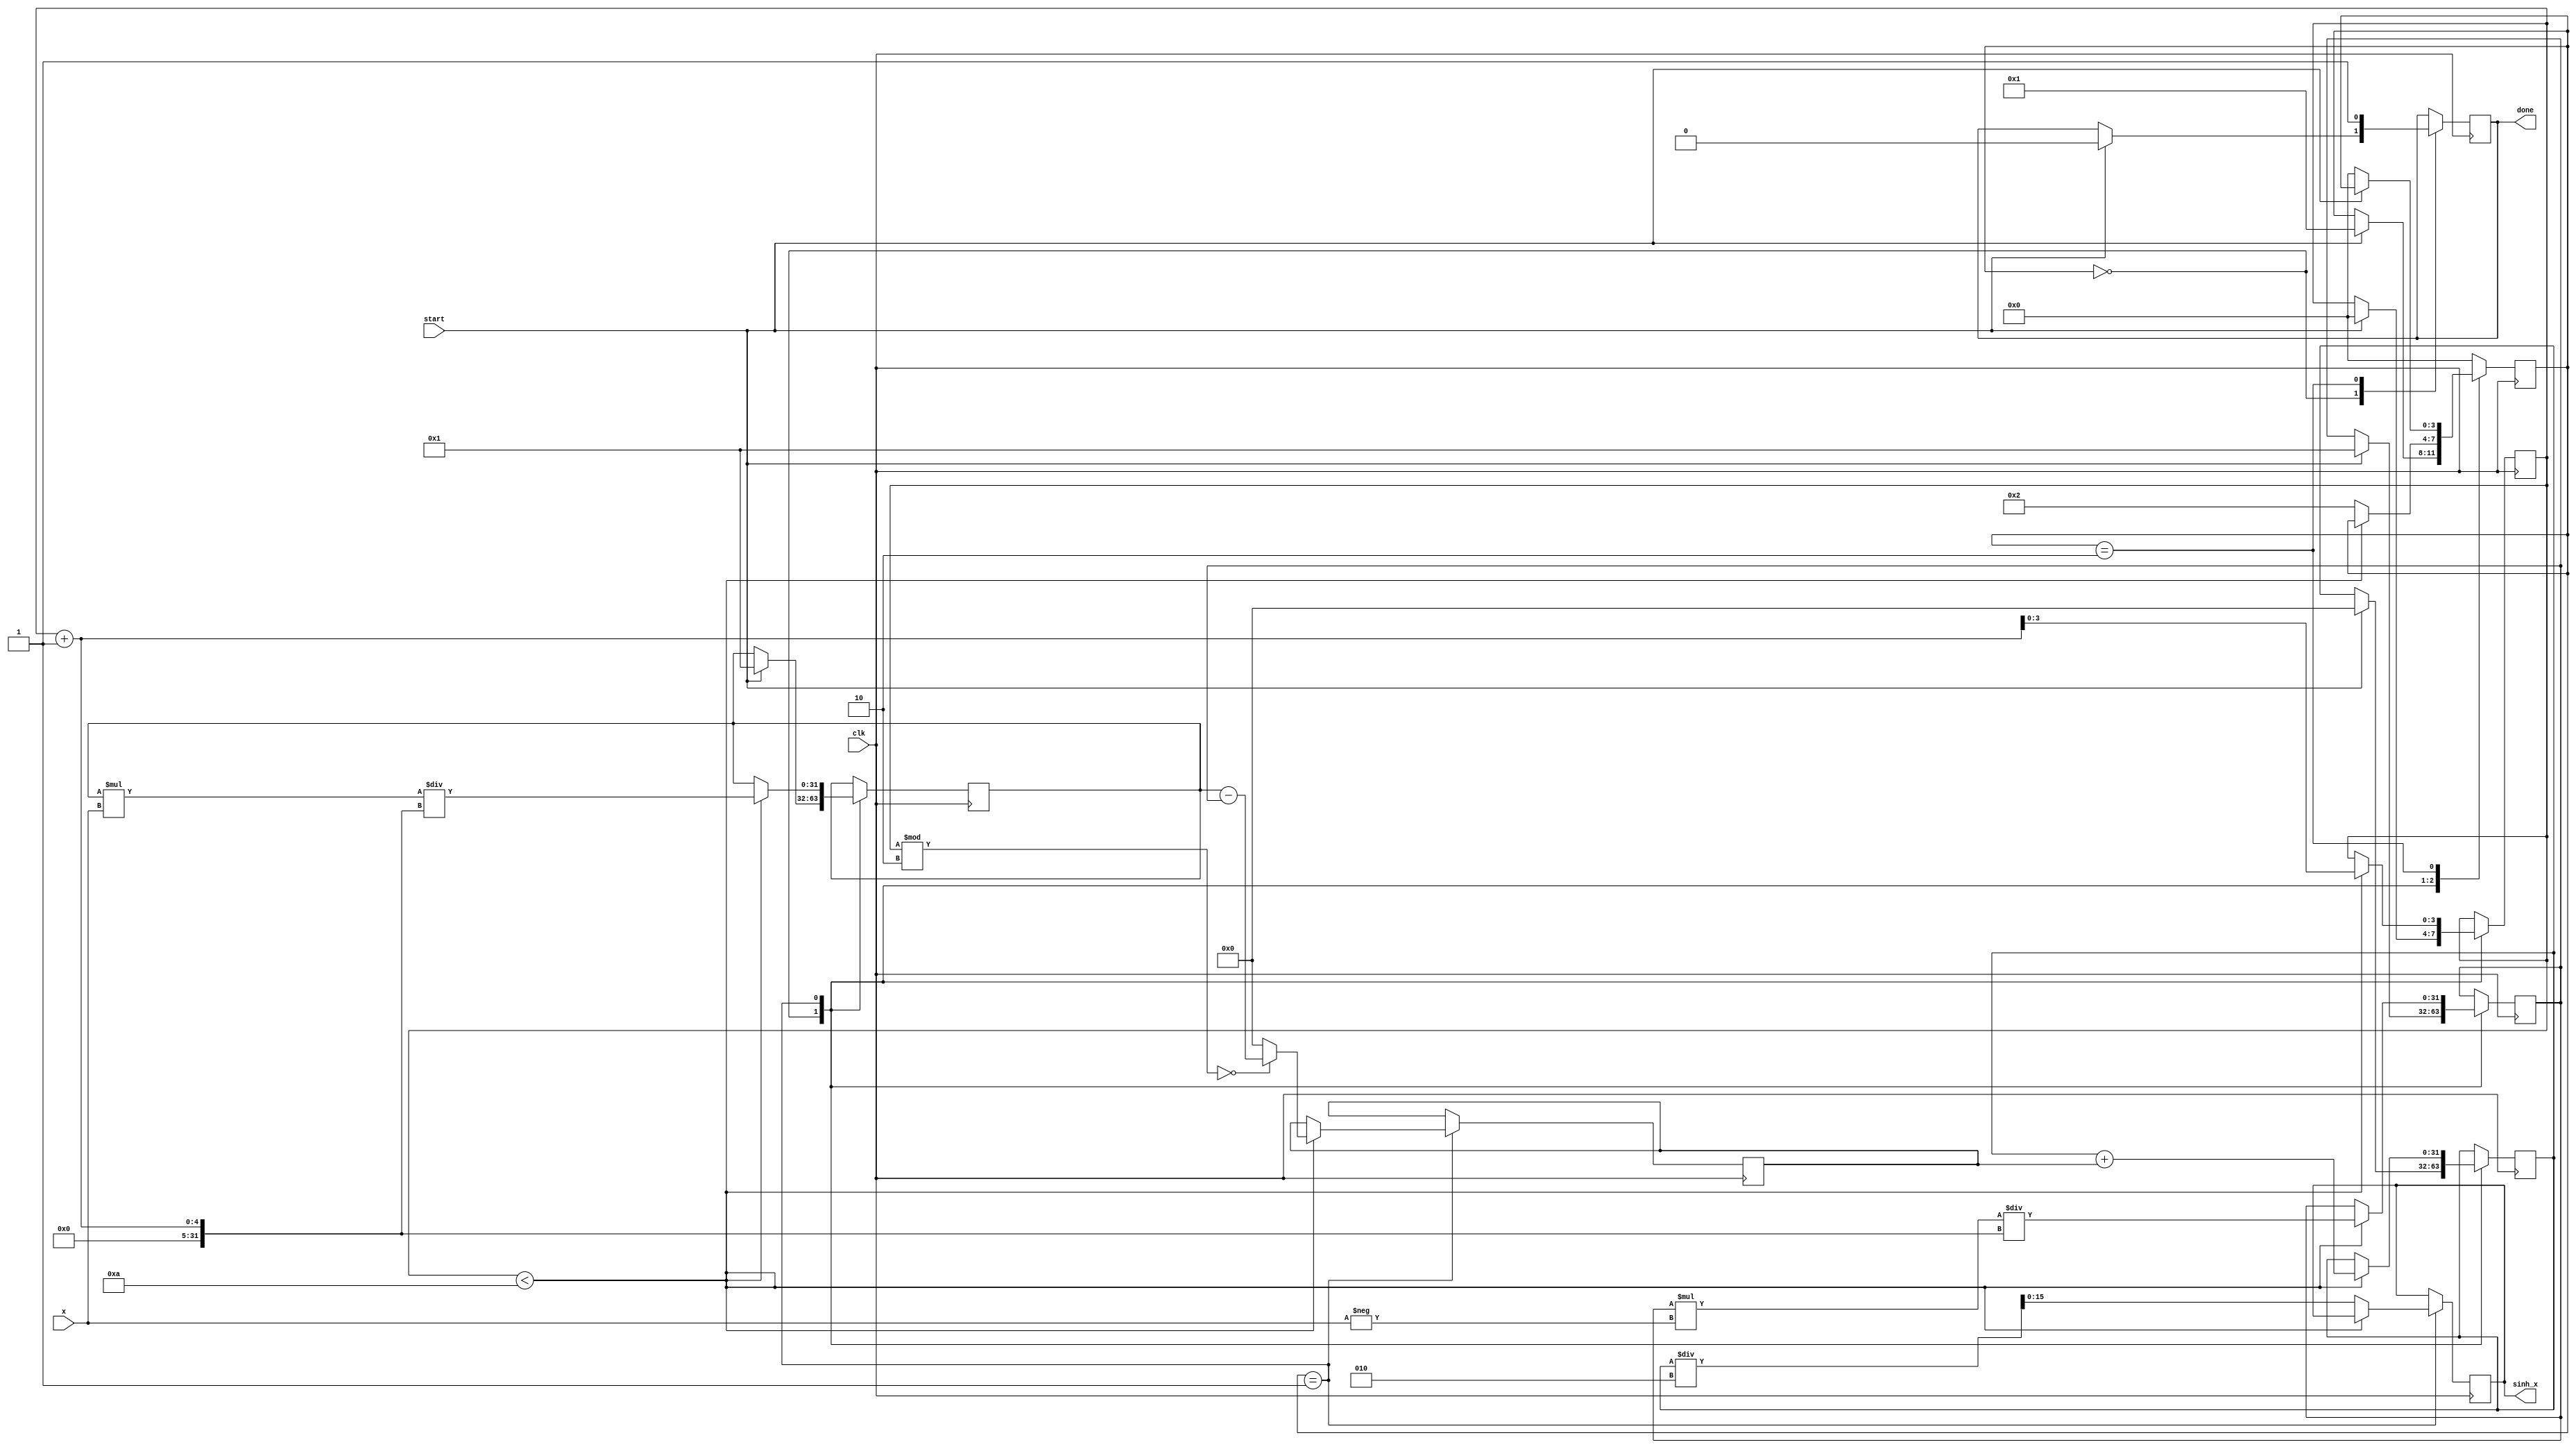
module sinh_block (
    input  wire signed [15:0] x,      // Input value (fixed-point representation)
    output reg  signed [15:0] sinh_x,  // Output value (sinh(x))
    input  wire clk,
    input  wire start,
    output reg done
);

    // Parameters for Taylor series approximation
    parameter N = 10; // Number of terms in Taylor series
    reg signed [31:0] exp_x;       // e^x
    reg signed [31:0] exp_neg_x;   // e^-x
    reg signed [31:0] sum;          // Sum of series
    reg [3:0] state;                // State variable
    reg [3:0] term;                 // Current term index
    reg signed [31:0] term_value;   // Current term value
    reg signed [31:0] two;          // Constant 2 for division

    // State machine states
    localparam IDLE = 0;
    localparam CALCULATE = 1;
    localparam DONE = 2;

    // Initialize constants
    initial begin
        two = 32'h00000002; // Fixed-point representation of 2
        state = IDLE;
        done = 0;
    end

    // Main process
    always @(posedge clk) begin
        case (state)
            IDLE: begin
                if (start) begin
                    exp_x <= 32'h00000001; // e^0 = 1
                    exp_neg_x <= 32'h00000001; // e^0 = 1
                    sum <= 0;
                    term <= 0;
                    state <= CALCULATE;
                    done <= 0;
                end
            end
            
            CALCULATE: begin
                if (term < N) begin
                    // Calculate the current term
                    term_value <= (term % 2 == 0) ? (exp_x - exp_neg_x) : 0;
                    sum <= sum + term_value;

                    // Update e^x and e^-x using Taylor series (simplified)
                    exp_x <= exp_x * x / (term + 1);
                    exp_neg_x <= exp_neg_x * (-x) / (term + 1);
                    
                    term <= term + 1; // Move to the next term
                end else begin
                    // Final computation of sinh(x)
                    sinh_x <= sum / two; // Divide by 2
                    state <= DONE;
                end
            end

            DONE: begin
                done <= 1; // Indicate computation is done
                if (!start) begin
                    state <= IDLE; // Reset state if start signal goes low
                end
            end
            
            default: state <= IDLE;
        endcase
    end
endmodule